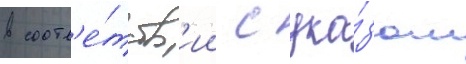
в соотв'е́тств'ии с ука́зом